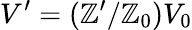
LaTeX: V^{\prime}=(\mathbb{Z}^{\prime}/\mathbb{Z}_{0})V_{0}